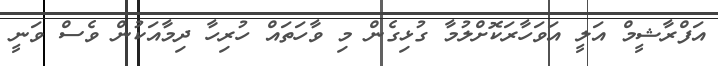
އަފްރާޝީމް އަލީ އަވަހާރަކޮށްލުމާ ގުޅިގެން މި ވާހަތައް ހުރިހާ ދިމާއަކުން ވެސް ވަނީ